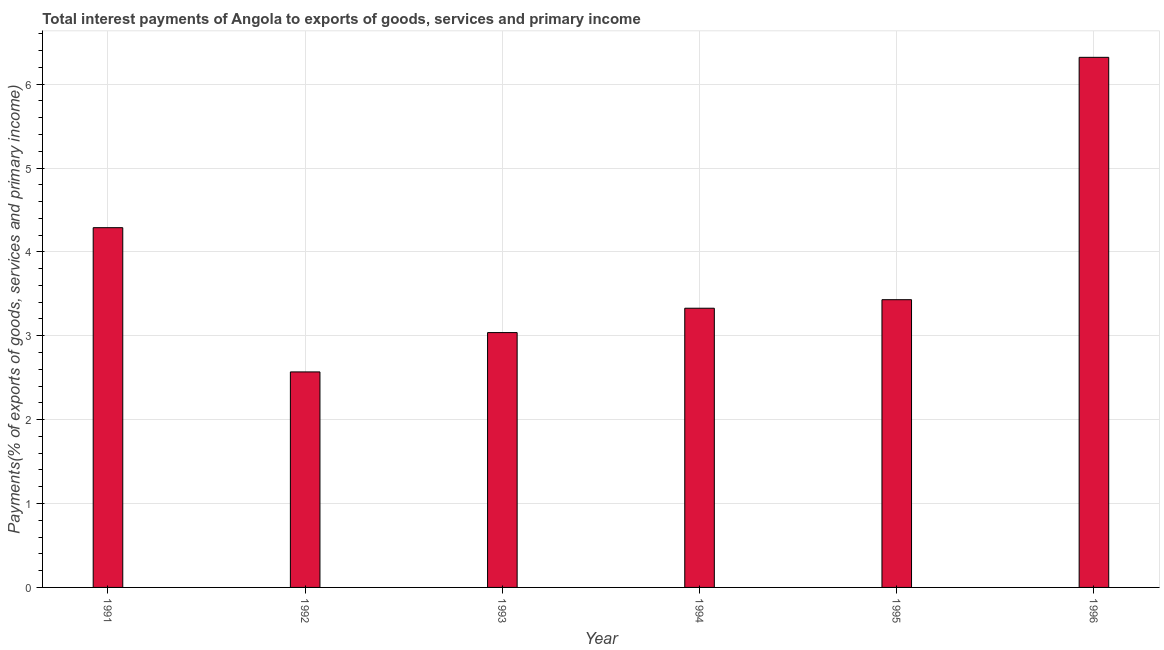
| Year | Interest payments on external debt |
 | --- | --- |
 | 1991 | 4.29 |
 | 1992 | 2.57 |
 | 1993 | 3.04 |
 | 1994 | 3.33 |
 | 1995 | 3.43 |
 | 1996 | 6.32 |